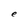
Character: e